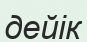
дейік